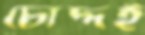
চোদ্দই